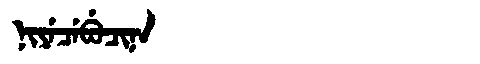
Manchu: ᠨᡳᠶᡝᠴᡝᠪᡠᠴᡳᠨᠠ
Romanization: NIYECEBUCINA